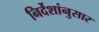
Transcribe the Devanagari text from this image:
निर्देशांनुसार